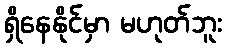
ရှိနေနိုင်မှာ မဟုတ်ဘူး